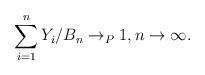
LaTeX: \begin{align*}\sum_{i=1}^{n}Y_{i}/B_{n}\rightarrow _{P}1,n\rightarrow \infty .\end{align*}